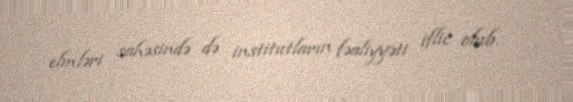
elmləri sahəsində də institutların fəaliyyəti iflic olub.